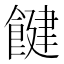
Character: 䭈